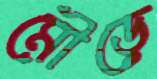
মৌড়ে